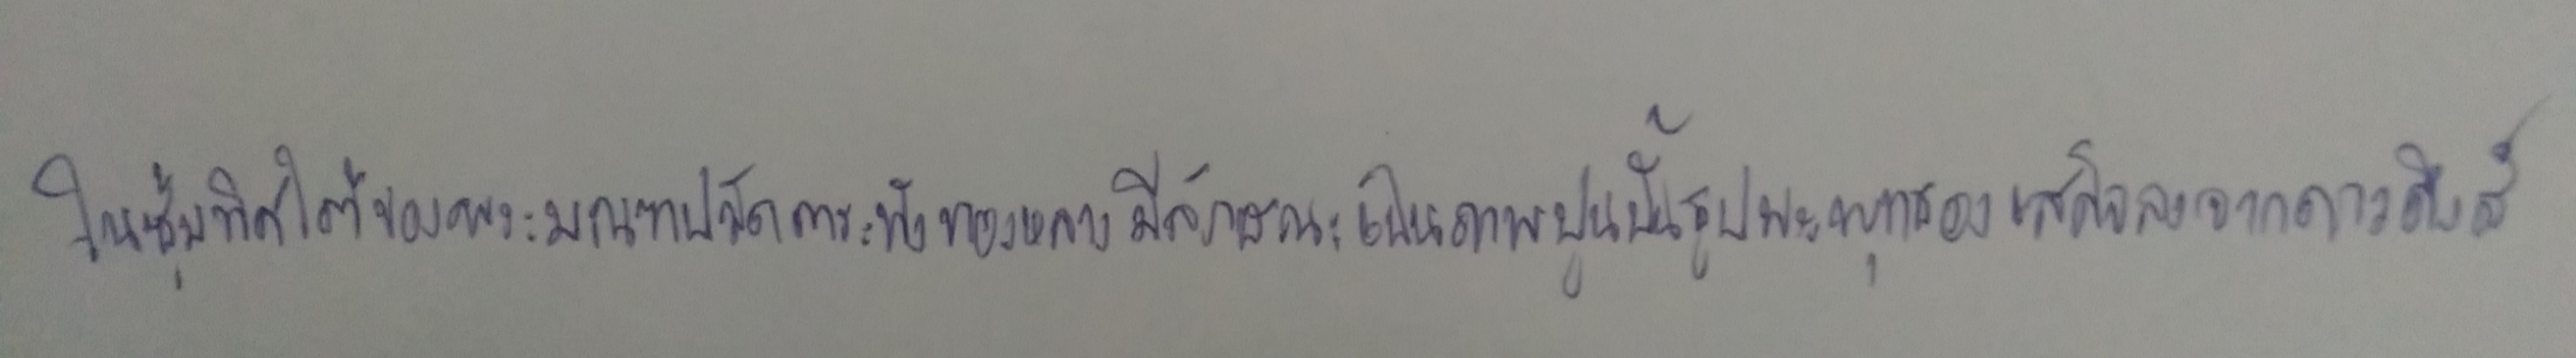
ในซุ้มทิศใต้ของพระมณฑปวัดตระพังทองหลางมีลักษณะเป็นภาพปูนปั้นรูปพระพุทธองค์เสด็จลงจากดาวดึงส์